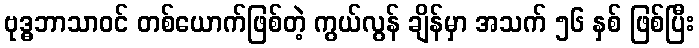
ဗုဒ္ဓဘာသာဝင် တစ်ယောက်ဖြစ်တဲ့ ကွယ်လွန် ချိန်မှာ အသက် ၅၆ နှစ် ဖြစ်ပြီး